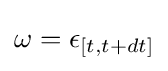
\omega =\epsilon _{[t,t+dt]}